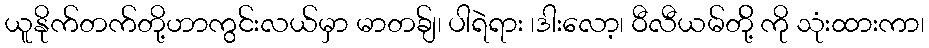
ယူနိုက်တက်တို့ဟာကွင်းလယ်မှာ မာတခ်ျ၊ ပါရဲရား ၊ဒါးလော့၊ ဝီလီယမ်တို့် ကို သုံးထားကာ၊